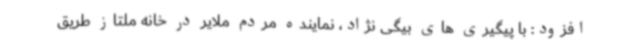
افزود: با پیگیری های بیگی نژاد، نماینده مردم ملایر در خانه ملتاز طریق